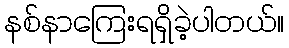
နစ်နာကြေးရရှိခဲ့ပါတယ်။